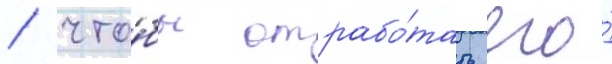
/ что́бы отрабо́тать его́